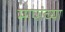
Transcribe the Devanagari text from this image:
मापांच्या